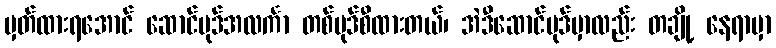
မှတ်ထားရအောင် ဆောင်ပုဒ်အလင်္ကာ တစ်ပုဒ်စီထားတယ်၊ အဲဒီဆောင်ပုဒ်မှာလည်း တချို့ နေရာမှာ